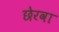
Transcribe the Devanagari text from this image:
छेरवा